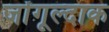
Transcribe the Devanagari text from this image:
जोंगूल्दाक